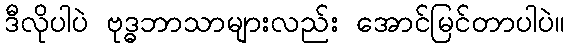
ဒီလိုပါပဲ ဗုဒ္ဓဘာသာများလည်း အောင်မြင်တာပါပဲ။